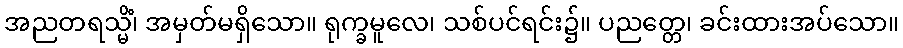
အညတရသ္မိံ၊ အမှတ်မရှိသော။ ရုက္ခမူလေ၊ သစ်ပင်ရင်း၌။ ပညတ္တေ၊ ခင်းထားအပ်သော။